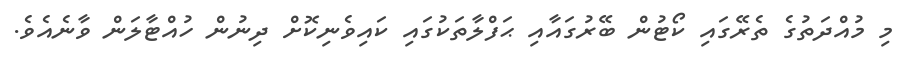
މި މުއްދަތުގެ ތެރޭގައި ކޯޓުން ބޭރުގައާއި ޙަފްލާތަކުގައި ކައިވެނިކޮށް ދިނުން ހުއްޓާލަން ވާނެއެވެ.